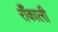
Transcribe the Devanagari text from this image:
रॉँकाली